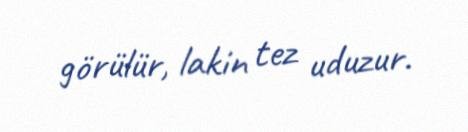
görülür, lakin tez uduzur.